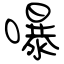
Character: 嚗